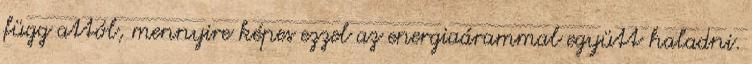
függ attól, mennyire képes ezzel az energiaárammal együtt haladni.